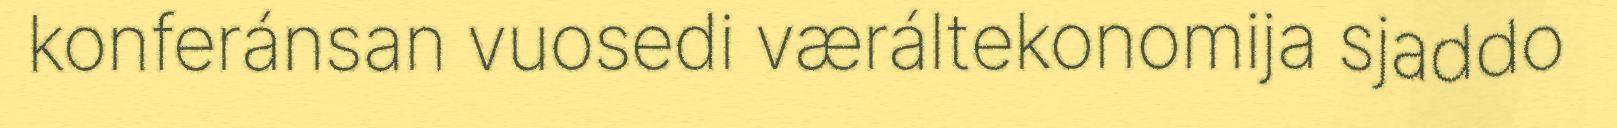
konferánsan vuosedi væráltekonomija sjaddo